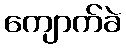
ကျောက်ခဲ